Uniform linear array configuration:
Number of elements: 48
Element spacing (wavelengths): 0.5
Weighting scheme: binomial
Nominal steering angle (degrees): -60
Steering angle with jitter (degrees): -61.442
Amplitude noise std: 0.05
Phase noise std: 0.05

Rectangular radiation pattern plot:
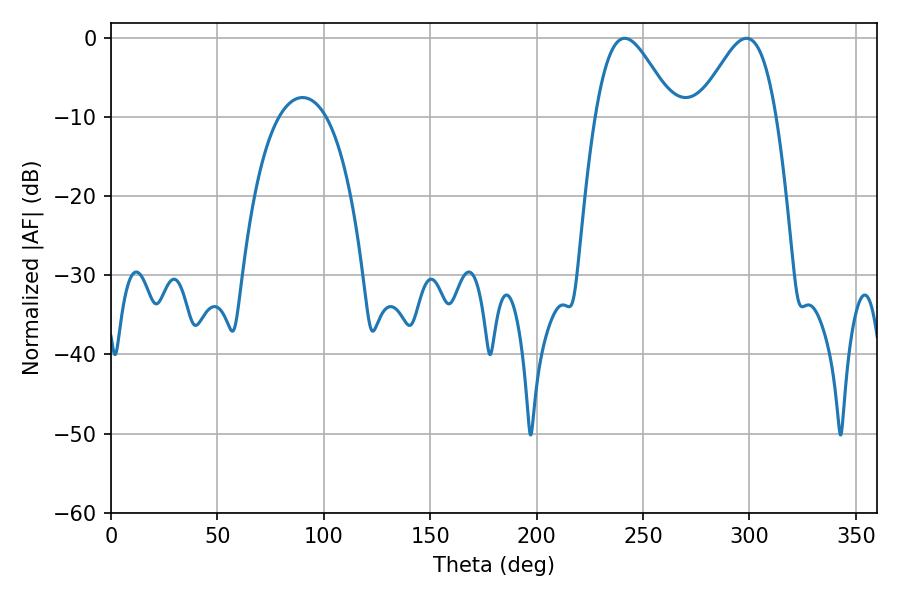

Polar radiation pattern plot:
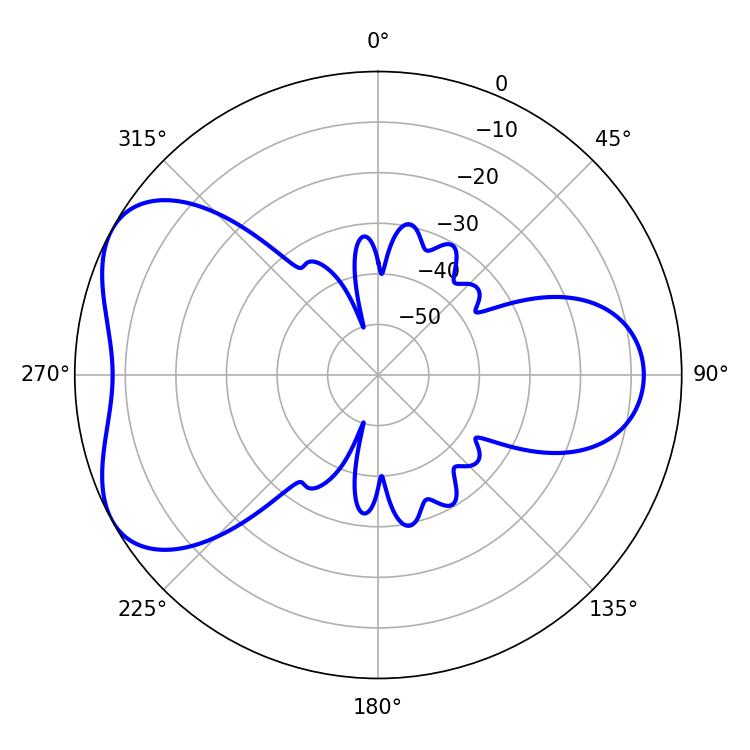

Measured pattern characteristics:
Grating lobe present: FALSE
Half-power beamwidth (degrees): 19.44
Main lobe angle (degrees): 241.38